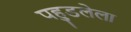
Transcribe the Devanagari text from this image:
पहुडलेला